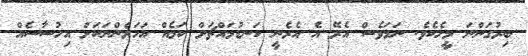
ބިރުގަންނަ މީހެކެވެ. ނަމަވެސް އެރޭ އެ އެރެނީ ކަނޑުމައްޗަށް ކަމެއް އަހަރެންނަކަށް އިހުސާސެއް